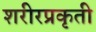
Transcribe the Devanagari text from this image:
शरीरप्रकृती